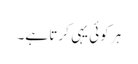
ہر کوئی یہی کرتا ہے۔